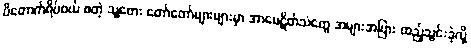
ပိတောက်ရိပ်ဝယ် စတဲ့ သူ့တေး တော်တော်များများမှာ အာမေဋိတ်သံတွေ အများအပြား ထည့်သွင်းခဲ့လို့